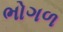
ભોગળ